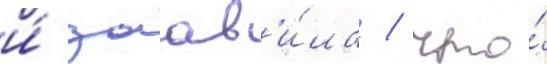
и́ заав'и́ла / что́